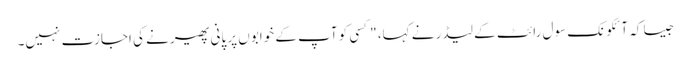
جیسا کہ آئکونک سول رائٹ کے لیڈر نے کہا، "کسی کو آپ کے خوابوں پر پانی پھیرنے کی اجازت نہیں۔